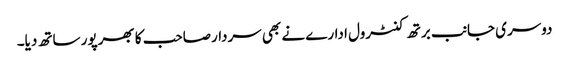
دوسری جانب برتھ کنٹرول ادارے نے بھی سردارصاحب کا بھرپور ساتھ دیا۔